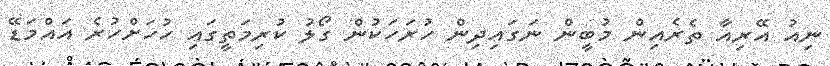
ނިއު އޭރިއާ ތެރެއިން މުބީން ނަގައިދިން ހުރަހަކުން ގޯލު ކުރިމަތީގައި ހުހަށްހުރެ އައްމަޑޭ